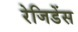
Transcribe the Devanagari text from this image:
रेजिडेंस